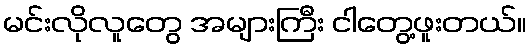
မင်းလိုလူတွေ အများကြီး ငါတွေ့ဖူးတယ်။